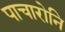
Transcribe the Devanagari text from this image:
पाचारोनि